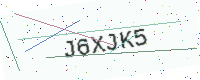
Text: J6XJK5